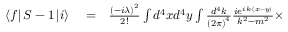
\begin{array} { r l r } { \left\langle f \right\vert S - 1 \left\vert i \right\rangle } & { { } = } & { \frac { \left( - i \lambda \right) ^ { 2 } } { 2 ! } \int d ^ { 4 } x d ^ { 4 } y \int \frac { d ^ { 4 } k } { \left( 2 \pi \right) ^ { 4 } } \frac { i e ^ { i k \cdot \left( x - y \right) } } { k ^ { 2 } - m ^ { 2 } } \times } \end{array}